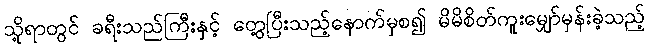
သို့ရာတွင် ခရီးသည်ကြီးနှင့် တွေ့ပြီးသည့်နောက်မှစ၍ မိမိစိတ်ကူးမျှော်မှန်းခဲ့သည့်